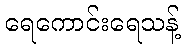
ရေကောင်းရေသန့်